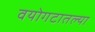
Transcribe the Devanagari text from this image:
वयोगटातल्या